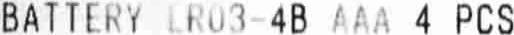
BATTERY LR03-4B AAA 4 PCS